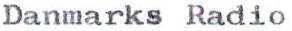
Danmarks Radio